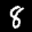
Label: 8